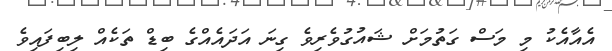
އެއާއެކު މި މަސް ގަތުމަށް ޝައުގުވެރިވެ ގިނަ އަދައެއްގެ ބިޑް ތަކެއް ލިބިފައިވެ